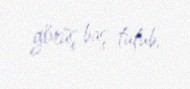
görüş baş tutub.